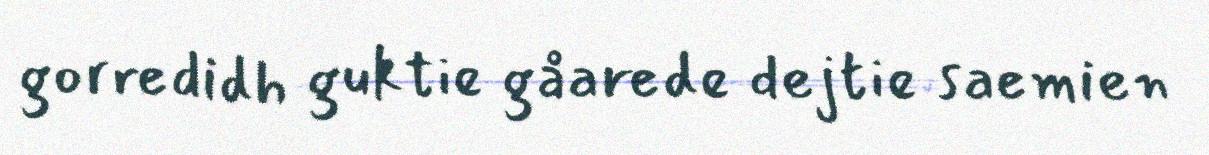
gorredidh guktie gåarede dejtie saemien